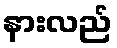
နားလည်